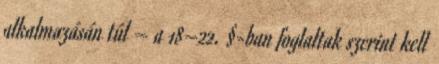
alkalmazásán túl – a 18–22. §-ban foglaltak szerint kell